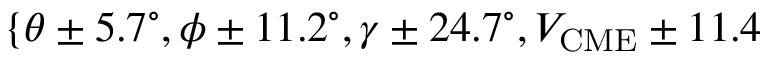
\{ \theta \pm 5 . 7 ^ { \circ } , \phi \pm 1 1 . 2 ^ { \circ } , \gamma \pm 2 4 . 7 ^ { \circ } , V _ { \mathrm { C M E } } \pm 1 1 . 4 \